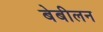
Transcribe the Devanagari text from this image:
बेबीलन